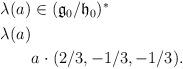
LaTeX: \begin{align*} \begin{aligned}\lambda(a_{}) &\in ({\mathfrak g}_0/{\mathfrak h}_0)^*\\\lambda(a_{}) &\ \\&a_{}\cdot(2/3,-1/3,-1/3). \end{aligned}\end{align*}